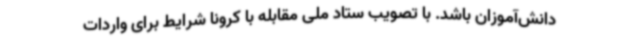
دانش‌آموزان باشد. با تصویب ستاد ملی مقابله با کرونا شرایط برای واردات